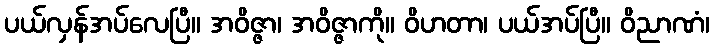
ပယ်လှန်အပ်လေပြီ။ အဝိဇ္ဇာ၊ အဝိဇ္ဇာကို။ ဝိဟတာ၊ ပယ်အပ်ပြီ။ ဝိညာဏံ၊